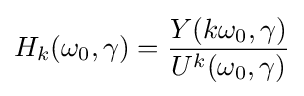
H_{k}(\omega _{0},\gamma )={\frac {Y(k\omega _{0},\gamma )}{U^{k}(\omega _{0},\gamma )}}